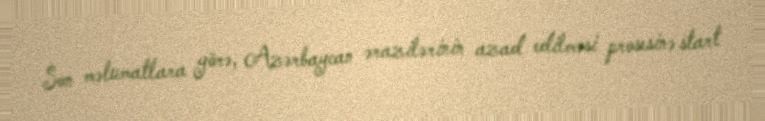
Son məlumatlara görə, Azərbaycan ərazilərinin azad edilməsi prosesinə start